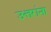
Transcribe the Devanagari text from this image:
उत्तरांना